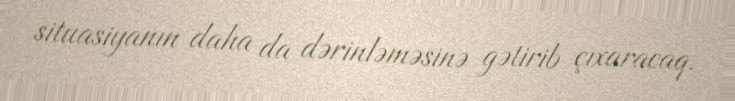
situasiyanın daha da dərinləməsinə gətirib çıxaracaq.